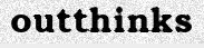
outthinks